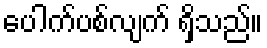
ပေါက်ပစ်လျက် ရှိသည်။